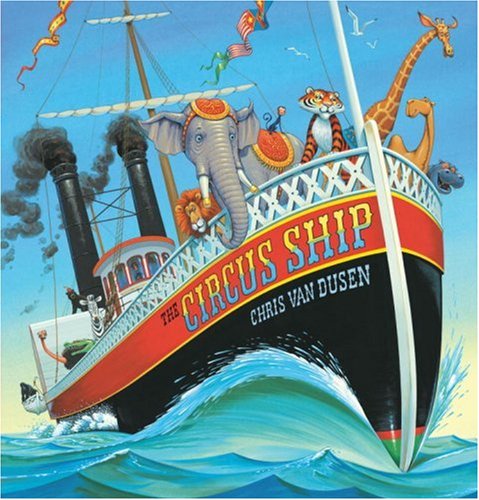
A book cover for The Circus Ship; Chris Van Dusen; Children's Books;